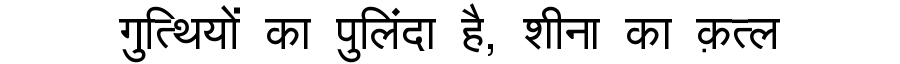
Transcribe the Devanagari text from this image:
गुत्थियों का पुलिंदा है, शीना का क़त्ल